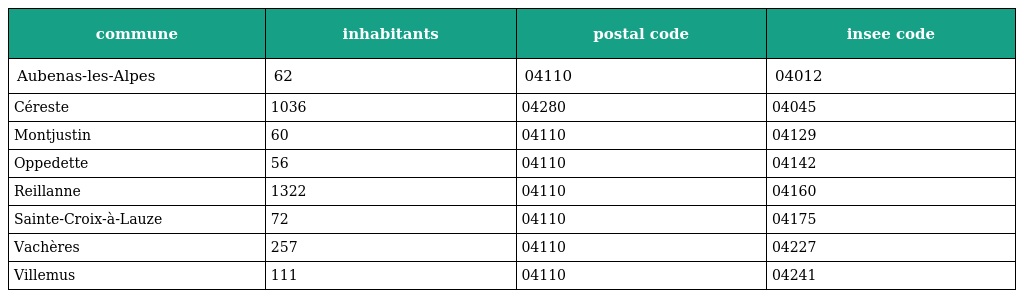
| commune | inhabitants | postal code | insee code |
 | --- | --- | --- | --- |
 | Aubenas-les-Alpes | 62 | 04110 | 04012 |
 | Céreste | 1036 | 04280 | 04045 |
 | Montjustin | 60 | 04110 | 04129 |
 | Oppedette | 56 | 04110 | 04142 |
 | Reillanne | 1322 | 04110 | 04160 |
 | Sainte-Croix-à-Lauze | 72 | 04110 | 04175 |
 | Vachères | 257 | 04110 | 04227 |
 | Villemus | 111 | 04110 | 04241 |